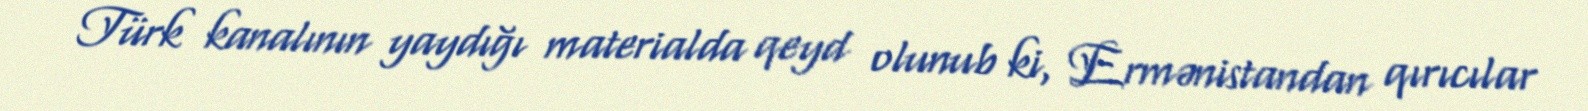
Türk kanalının yaydığı materialda qeyd olunub ki, Ermənistandan qırıcılar